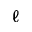
\ell